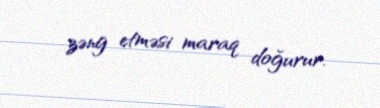
zəng etməsi maraq doğurur.